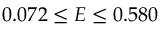
0 . 0 7 2 \leq E \leq 0 . 5 8 0